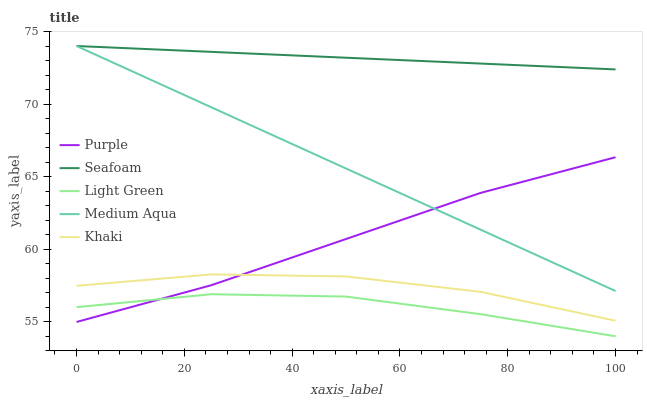
| xaxis_label | Purple | Seafoam | Light Green | Medium Aqua | Khaki |
 | --- | --- | --- | --- | --- | --- |
 | 0 | 55 | 74 | 56 | 74 | 57.5 |
 | 25 | 57.5 | 73.6 | 56.9 | 69.8 | 58.3 |
 | 50 | 60.7 | 73.2 | 56.7 | 65.6 | 58.1 |
 | 75 | 63.9 | 72.8 | 55.5 | 61.3 | 57.1 |
 | 100 | 66.3 | 72.4 | 54 | 57.1 | 55.1 |